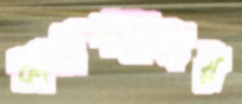
কাছেপরাজয়